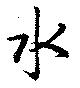
水